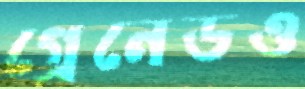
গ্রেনেডও